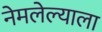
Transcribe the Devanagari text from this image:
नेमलेल्याला